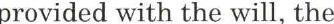
provided with the will, the